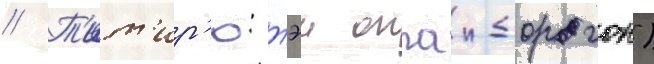
// Т'ит'ир'ю: тэи оппаи-дорагон)